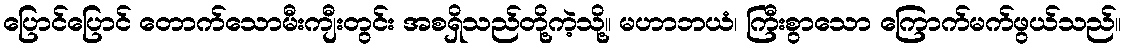
ပြောင်ပြောင် တောက်သောမီးကျီးတွင်း အစရှိသည်တို့ကဲ့သို့။ မဟာဘယံ၊ ကြီးစွာသော ကြောက်မက်ဖွယ်သည်။